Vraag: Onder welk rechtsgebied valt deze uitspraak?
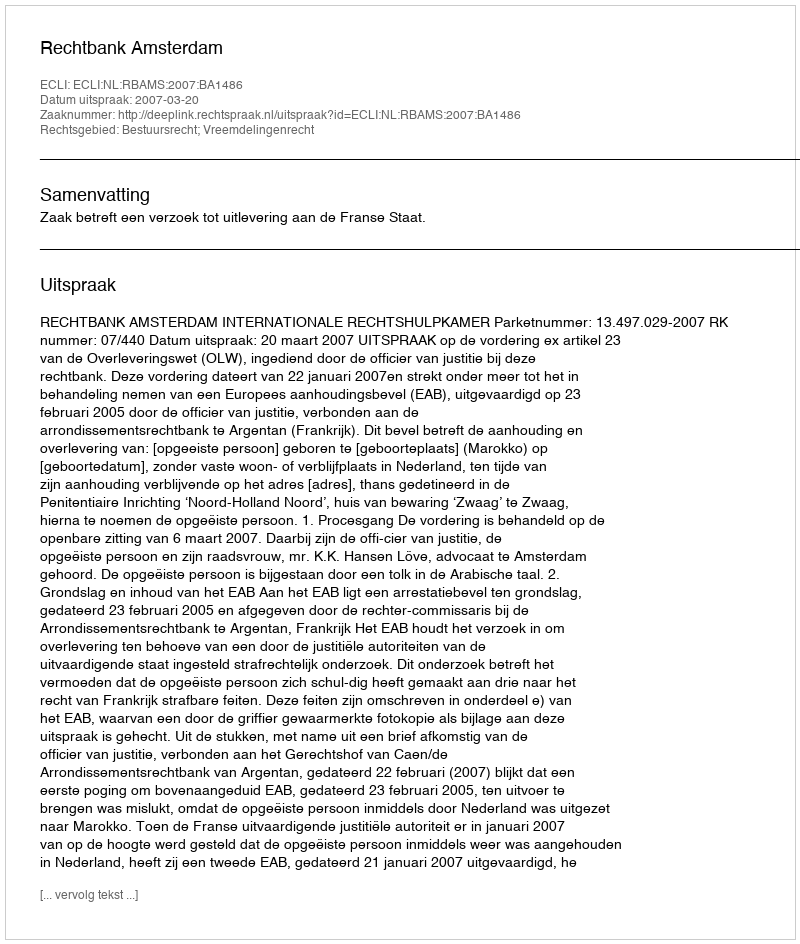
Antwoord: Bestuursrecht; Vreemdelingenrecht